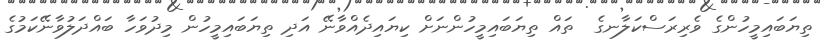
ތިޔަބައިމީހުންގެ ވެރިރަސްކަލާނގެ  ތައް ތިޔަބައިމީހުންނަށް ކިޔައިދެއްވާނޭ އަދި ތިޔަބައިމީހުން މިދުވަހާ ބައްދަލުވާނޭކަމުގެ